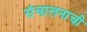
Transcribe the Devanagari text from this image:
संचालनाची